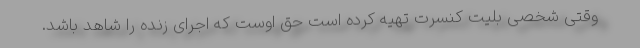
وقتی شخصی بلیت کنسرت تهیه کرده است حق اوست که اجرای زنده را شاهد باشد.